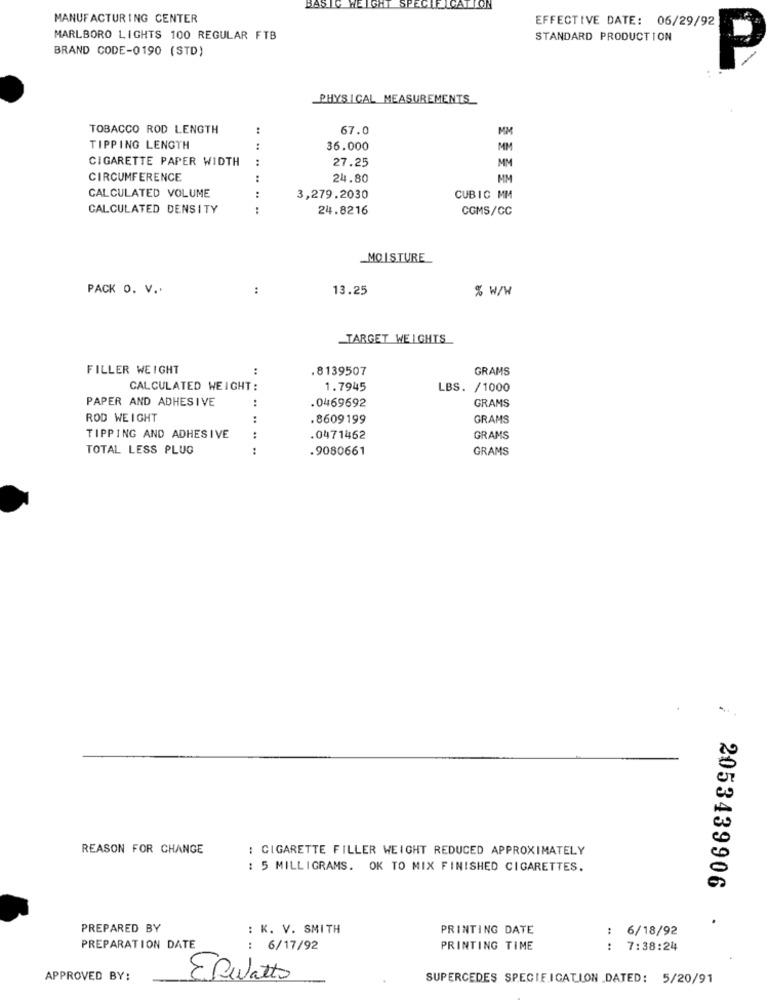
BASTO WEIGHT
SPECIFICATION
MANUFACTURING CENTER
EFFECTIVE DATE: 06/29/92
MARLBORO LIGHTS 100 REGULAR FTB
STANDARD PRODUCTION
BRAND CODE-0190 (STD)
PHYSICAL MEASUREMENTS
TOBACCO ROD LENGTH
:
67.0
MM
TIPPING LENGTH
:
36.000
MM
CIGARETTE PAPER WIDTH
:
27.25
MM
CIRCUMFERENCE
:
24.80
MM
CALCULATED VOLUME
3,279.2030
CUBIC MM
CALCULATED DENSITY
.. ..
24.8216
COMS/CC
MOISTURE
PACK O. V ..
:
13.25
% W/W
TARGET WEIGHTS
FILLER WEIGHT
:
.8139507
GRAMS
CALCULATED WEIGHT:
1.7945
LBS. /1000
PAPER AND ADHESIVE
:
.0469692
GRAMS
ROD WEIGHT
:
.8609199
GRAMS
TIPPING AND ADHESIVE
:
.0471462
GRAMS
TOTAL LESS PLUG
.9080661
GRAMS
REASON FOR CHANGE
: CIGARETTE FILLER WEIGHT REDUCED APPROXIMATELY
: 5 MILLIGRAMS. OK TO MIX FINISHED CIGARETTES.
2053439906
.
PREPARED BY
: K. V. SMITH
PRINTING DATE
6/18/92
PREPARATION DATE
: 6/17/92
PRINTING TIME
7:38:24
.. ..
APPROVED BY:
Exwatto
SUPERCEDES SPECIFICATION DATED: 5/20/91